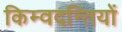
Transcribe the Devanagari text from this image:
किम्वदन्तियों